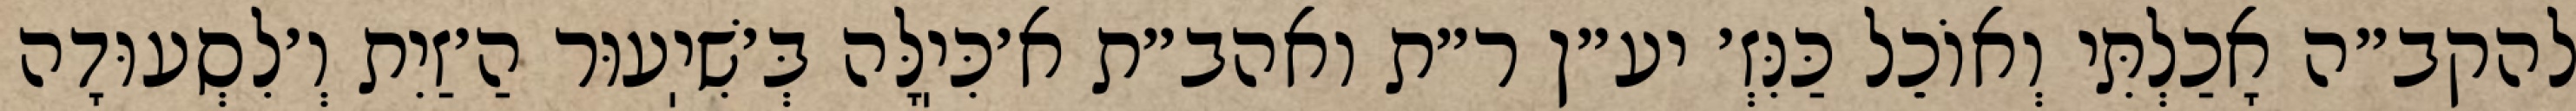
להקב״ה אָכַלְתִּי וְאוֹכֵל כַּנִּזְ׳ יע״ן ר״ת ואהב״ת א׳כִּיֽלָּה בְּ׳שִׁיֽעוּר הַ׳זַיִת וְ׳לִסְעוּדָה